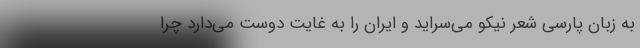
به زبان پارسی شعر نیکو می‌سراید و ایران را به غایت دوست می‌دارد چرا